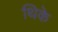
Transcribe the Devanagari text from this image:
थिके